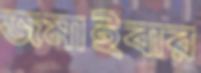
জমাইবার